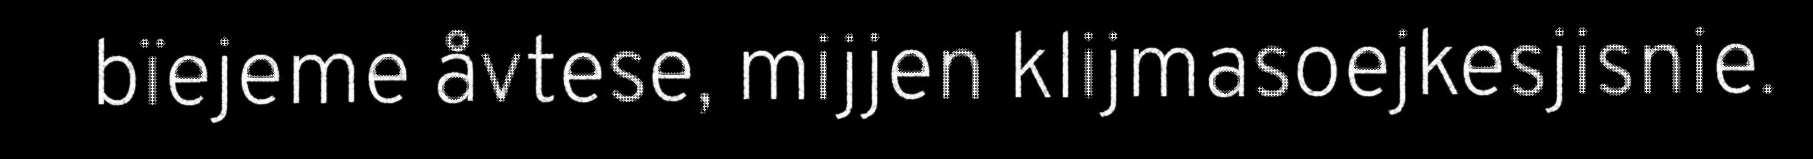
bïejeme åvtese, mijjen klijmasoejkesjisnie.